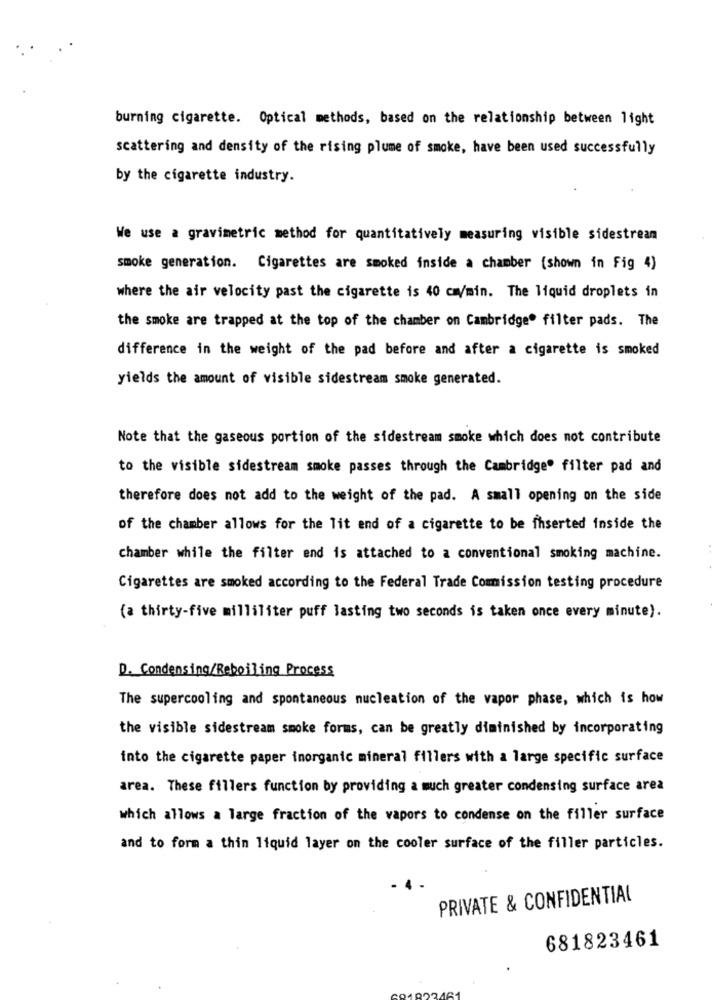
burning cigarette. Optical methods, based on the relationship between light
scattering and density of the rising plume of smoke, have been used successfully
by the cigarette industry.
We use a gravimetric method for quantitatively measuring visible sidestream
smoke generation. Cigarettes are smoked inside a chamber (shown in Fig 4)
where the air velocity past the cigarette is 40 cmmin. The liquid droplets in
the smoke are trapped at the top of the chamber on Cambridge. filter pads. The
difference in the weight of the pad before and after a cigarette is smoked
yields the amount of visible sidestream smoke generated.
Note that the gaseous portion of the sidestream smoke which does not contribute
to the visible sidestream smoke passes through the Cambridge" filter pad and
therefore does not add to the weight of the pad. A small opening on the side
of the chamber allows for the lit end of a cigarette to be inserted inside the
chamber while the filter end is attached to a conventional smoking machine.
Cigarettes are smoked according to the Federal Trade Comission testing procedure
(a thirty-five milliliter puff lasting two seconds is taken once every minute).
D. Condensing/Reboiling Process
The supercooling and spontaneous nucleation of the vapor phase, which is how
the visible sidestream smoke forms, can be greatly diminished by incorporating
into the cigarette paper inorganic mineral fillers with a large specific surface
area. These fillers function by providing a much greater condensing surface area
which allows a large fraction of the vapors to condense on the filler surface
and to form a thin liquid layer on the cooler surface of the filler particles.
PRIVATE & CONFIDENTIAL
681823461